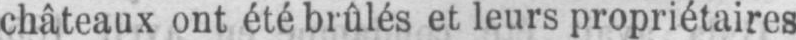
châteaux ont été brûlés et leurs propriétaires